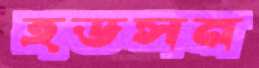
হডসন